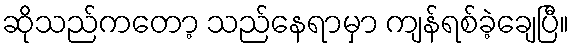
ဆိုသည်ကတော့ သည်နေရာမှာ ကျန်ရစ်ခဲ့ချေပြီ။